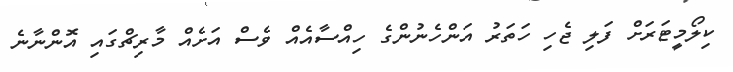
ކިލޯމީޓަރަށް ފަލި ޖެހި ހަތަރު އަންހެނުންގެ ހިއްސާއެއް ވެސް އަށެއް މާރިޗްގައި އޮންނާނެ